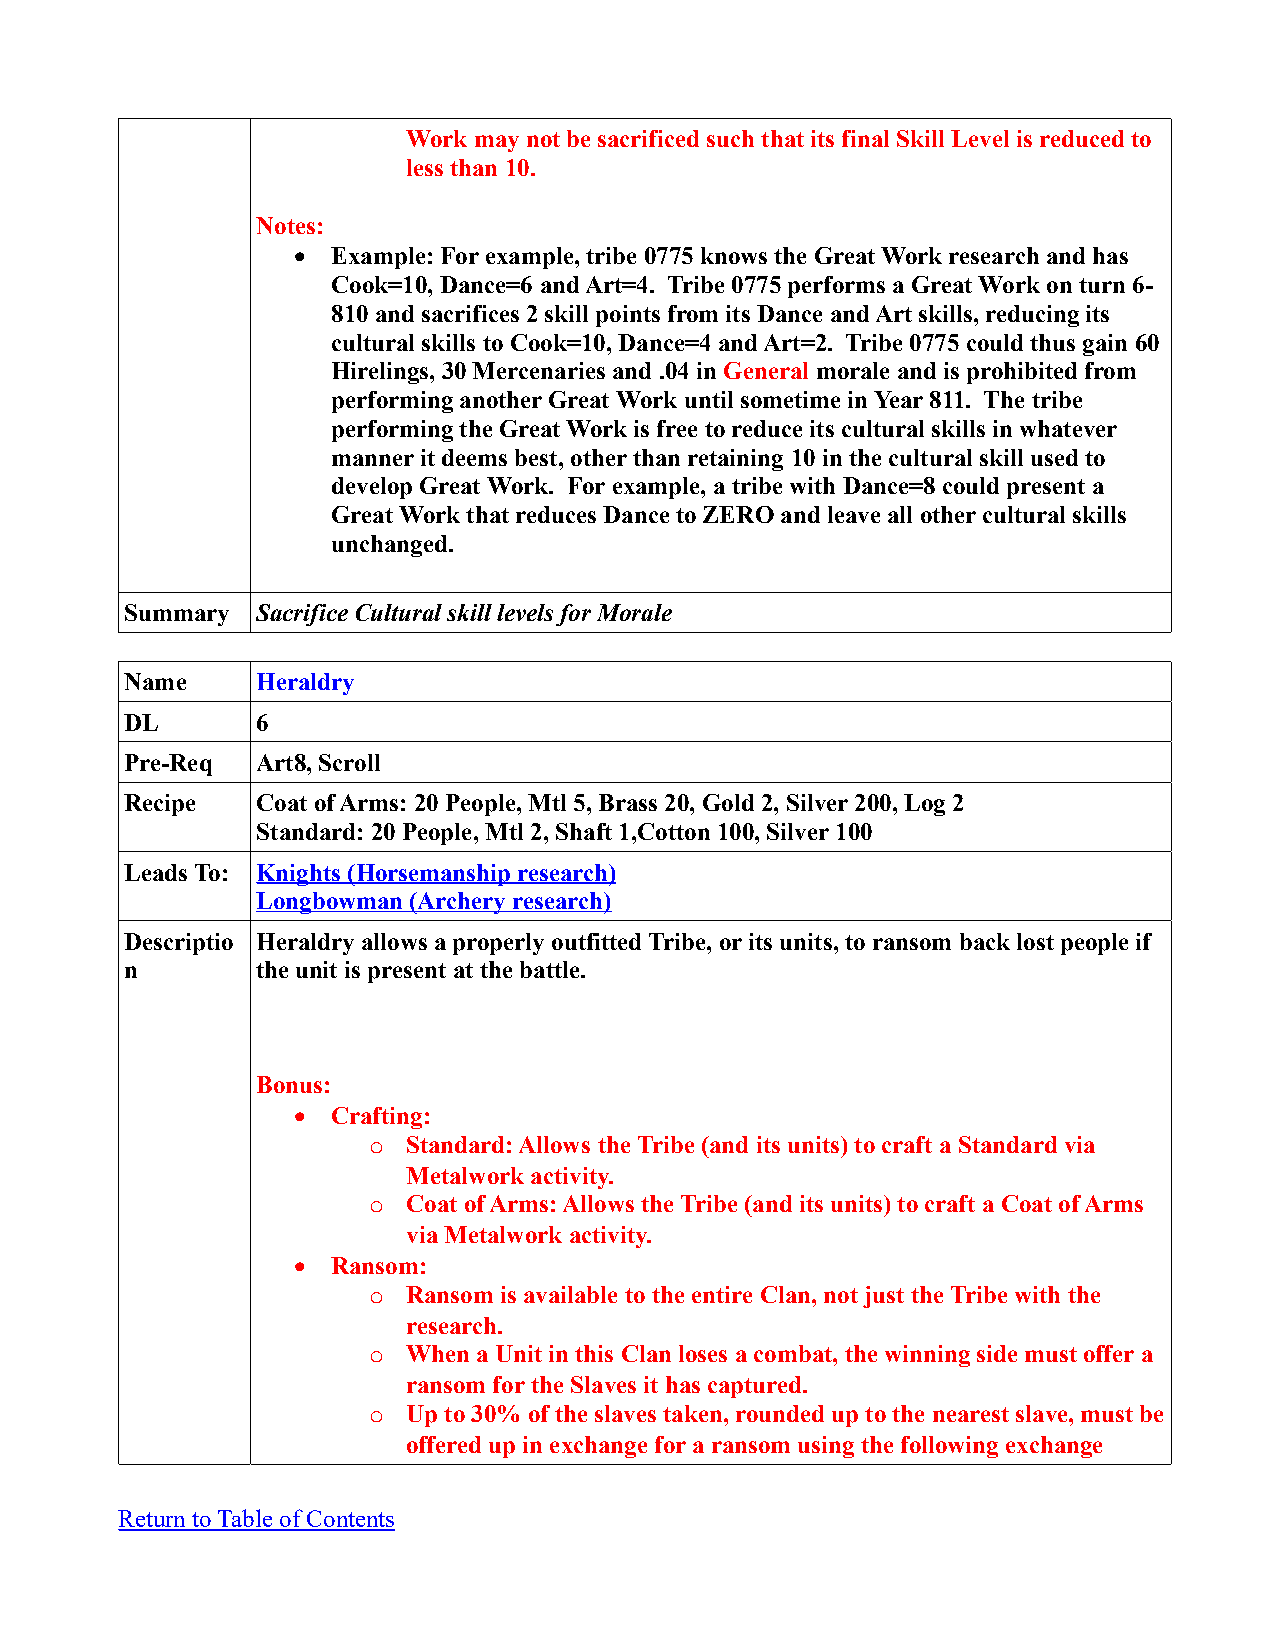
Work may not be sacrificed such that its final Skill Level is reduced to
 less than 10.
 Notes:
   Example: For example, tribe 0775 knows the Great Work research and has
 Cook=10, Dance=6 and Art=4. Tribe 0775 performs a Great Work on turn 6-
 810 and sacrifices 2 skill points from its Dance and Art skills, reducing its
 cultural skills to Cook=10, Dance=4 and Art=2. Tribe 0775 could thus gain 60
 Hirelings, 30 Mercenaries and .04 in General morale and is prohibited from
 performing another Great Work until sometime in Year 811. The tribe
 performing the Great Work is free to reduce its cultural skills in whatever
 manner it deems best, other than retaining 10 in the cultural skill used to
 develop Great Work. For example, a tribe with Dance=8 could present a
 Great Work that reduces Dance to ZERO and leave all other cultural skills
 unchanged.
 Summary  Sacrifice Cultural skill levels for Morale
 Name     Heraldry
 DL       6
 Pre-Req  Art8, Scroll
 Recipe   Coat of Arms: 20 People, Mtl 5, Brass 20, Gold 2, Silver 200, Log 2
 Standard: 20 People, Mtl 2, Shaft 1,Cotton 100, Silver 100
 Leads To: Knights (Horsemanship research)
 Longbowman (Archery research)
 Descriptio Heraldry allows a properly outfitted Tribe, or its units, to ransom back lost people if
 n        the unit is present at the battle.
 Bonus:
   Crafting:
 o  Standard: Allows the Tribe (and its units) to craft a Standard via
 Metalwork activity.
 o  Coat of Arms: Allows the Tribe (and its units) to craft a Coat of Arms
 via Metalwork activity.
   Ransom:
 o  Ransom is available to the entire Clan, not just the Tribe with the
 research.
 o  When a Unit in this Clan loses a combat, the winning side must offer a
 ransom for the Slaves it has captured.
 o  Up to 30% of the slaves taken, rounded up to the nearest slave, must be
 offered up in exchange for a ransom using the following exchange
 Return to Table of Contents